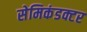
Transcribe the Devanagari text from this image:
सेमिकंडक्टर